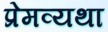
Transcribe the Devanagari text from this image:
प्रेमव्यथा